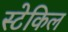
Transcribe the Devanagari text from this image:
स्टेकिल